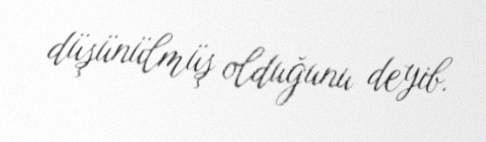
düşünülmüş olduğunu deyib.